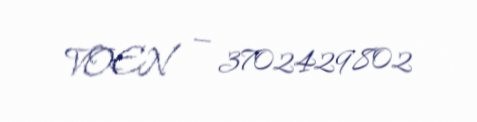
VOEN — 3702429802